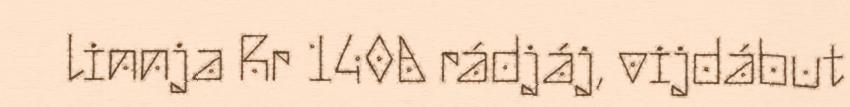
linnja Rr 140A rádjáj, vijdábut